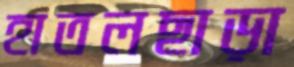
হাতলছাড়া